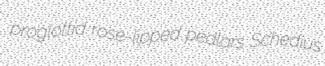
proglottid rose-lipped pedlars Schedius